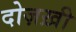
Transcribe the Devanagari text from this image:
दोज़ख़ी